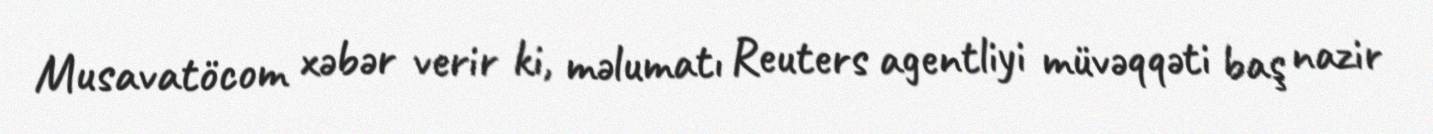
Musavatöcom xəbər verir ki, məlumatı Reuters agentliyi müvəqqəti baş nazir